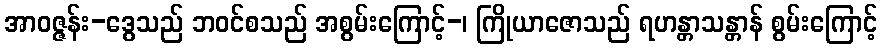
အာဝဇ္ဇန်း-ဒွေသည် ဘဝင်စသည် အစွမ်းကြောင့်-၊ ကြိုယာဇောသည် ရဟန္တာသန္တာန် စွမ်းကြောင့်